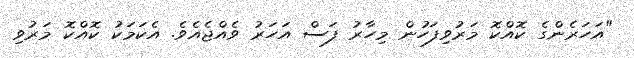
"އަހަރެންގެ ކޮއްކޮ މަރުވިފަހުން މިހާރު ފަސް އަހަރު ވެއްޖެއެވެ. އެކަމަކު ކޮއްކޮ މަރުވި